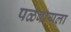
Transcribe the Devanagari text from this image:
पळवायला